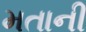
મતાની